Source: Handwritten
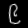
Digit: ၉ (9)